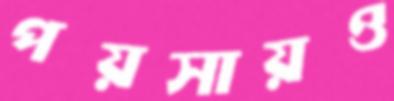
পয়সায়ও